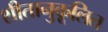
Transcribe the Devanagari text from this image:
शीतानुकूलित